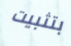
بتثبيت